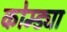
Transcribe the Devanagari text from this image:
कोम्ड्या